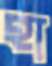
হা